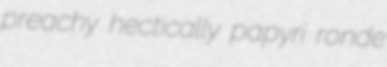
preachy hectically papyri ronde